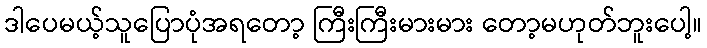
ဒါပေမယ့်သူပြောပုံအရတော့ ကြီးကြီးမားမား တော့မဟုတ်ဘူးပေါ့။